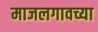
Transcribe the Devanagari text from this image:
माजलगावच्या